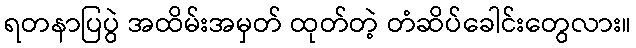
ရတနာပြပွဲ အထိမ်းအမှတ် ထုတ်တဲ့ တံဆိပ်ခေါင်းတွေလား။